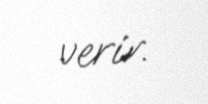
verir.